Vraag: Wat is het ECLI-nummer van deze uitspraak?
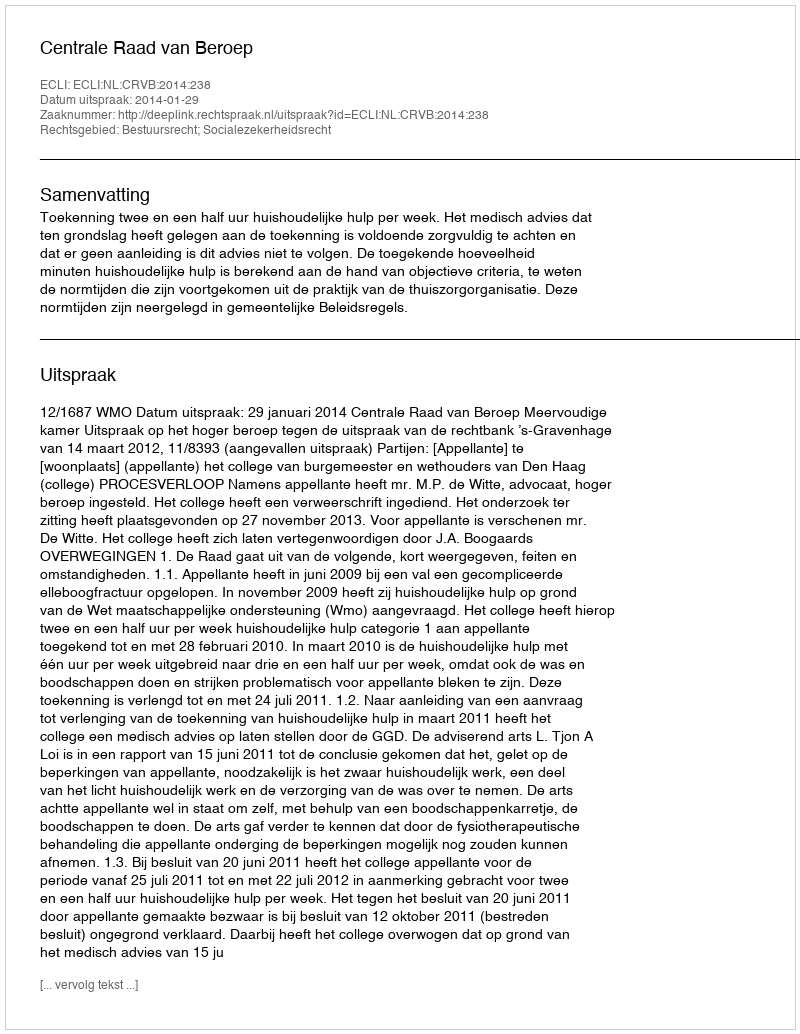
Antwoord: ECLI:NL:CRVB:2014:238